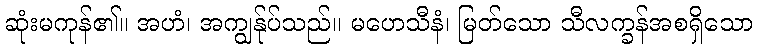
ဆုံးမကုန်၏။ အဟံ၊ အကျွန်ုပ်သည်။ မဟေသီနံ၊ မြတ်သော သီလက္ခန်အစရှိသော